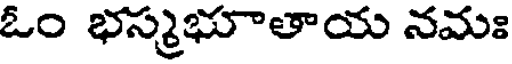
ఓం భస్మభూతాయ నమః